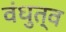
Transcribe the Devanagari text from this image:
वंधुत्व